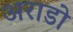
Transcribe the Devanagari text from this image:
अराडो